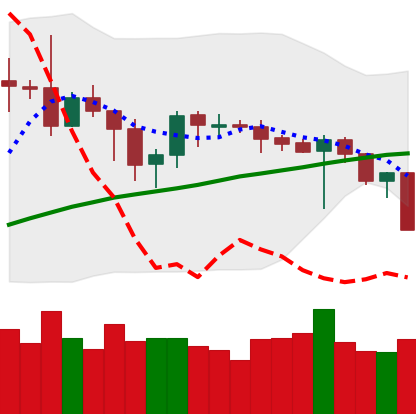
Ticker: BTC-USD
Chart end date: 2019-09-23
Forward return: -15.247%
Label: down_7plus